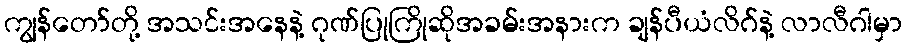
ကျွန်တော်တို့ အသင်းအနေနဲ့ ဂုဏ်ပြုကြိုဆိုအခမ်းအနားက ချန်ပီယံလိဂ်နဲ့ လာလီဂါမှာ